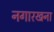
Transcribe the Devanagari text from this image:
नगारखना